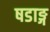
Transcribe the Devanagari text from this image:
षडाङ्ग